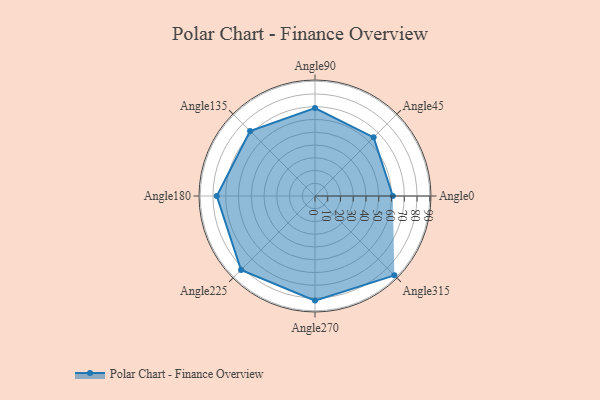
{"axis": {"x": "Angle", "y": "Radius"}, "legend": [""], "data": [{"x": "Angle0", "y": 61.0, "type": ""}, {"x": "Angle45", "y": 65.0, "type": ""}, {"x": "Angle90", "y": 69.0, "type": ""}, {"x": "Angle135", "y": 72.0, "type": ""}, {"x": "Angle180", "y": 77.0, "type": ""}, {"x": "Angle225", "y": 82.0, "type": ""}, {"x": "Angle270", "y": 82.0, "type": ""}, {"x": "Angle315", "y": 88.0, "type": ""}]}